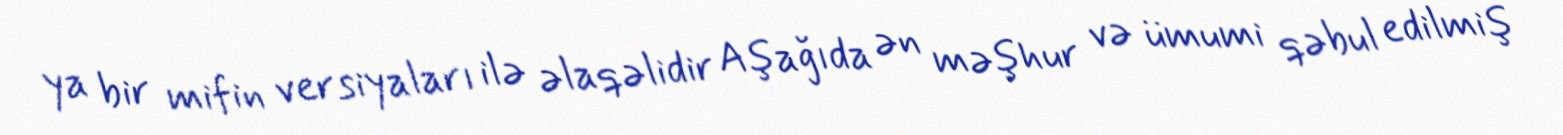
ya bir mifin versiyaları ilə əlaqəlidir Aşağıda ən məşhur və ümumi qəbul edilmiş